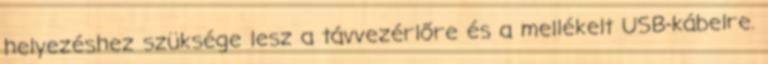
helyezéshez szüksége lesz a távvezérlőre és a mellékelt USB-kábelre.